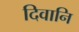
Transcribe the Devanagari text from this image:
दिवानि